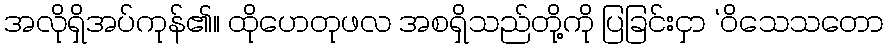
အလိုရှိအပ်ကုန်၏။ ထိုဟေတုဖလ အစရှိသည်တို့ကို ပြခြင်းငှာ ‘ဝိသေသတော